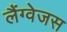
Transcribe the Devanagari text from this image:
लैंग्वेजस